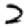
Digit: 2